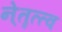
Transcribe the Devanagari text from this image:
ने्तॄत्त्व